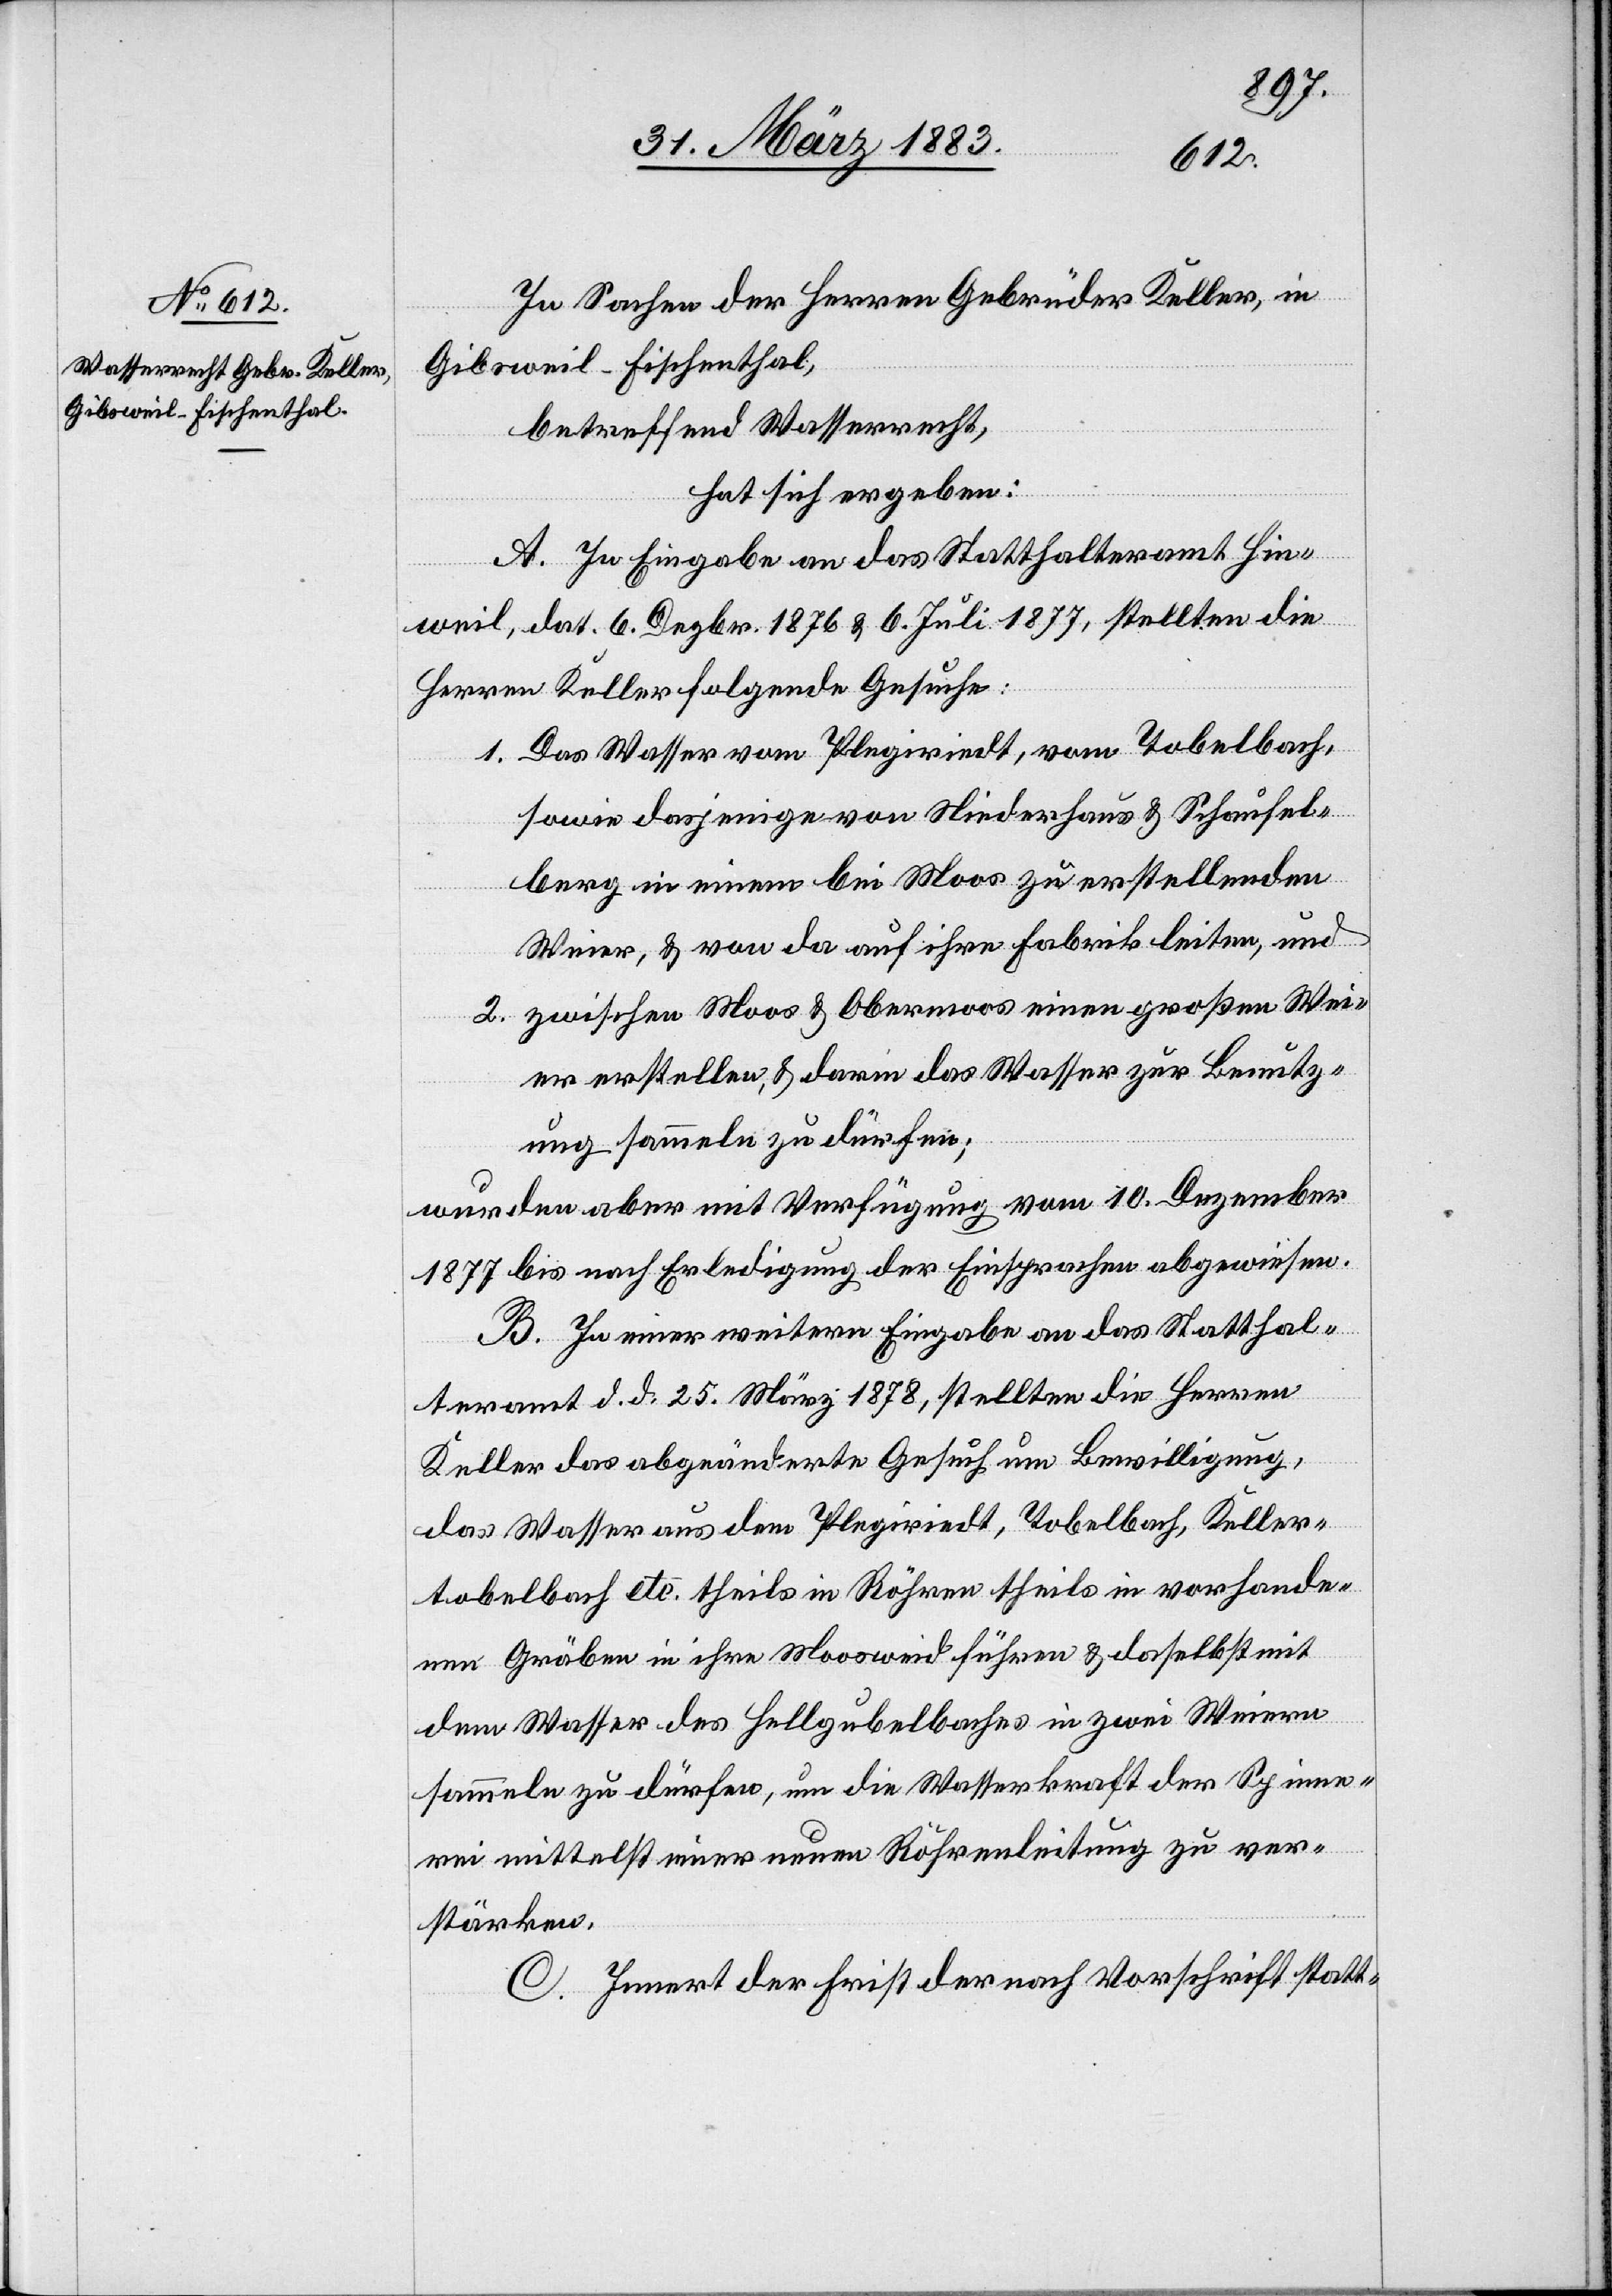
In Sachen der Herren Gebrüder Keller, in
Gibsweil - Fischenthal,
betreffend Wasserrecht,
hat sich ergeben:
A. In Eingabe an das Statthalteramt Hin¬
weil, dat. 6. Dezbr. 1876 & 6. Juli 1877, stellten die
Herren Keller folgende Gesuche:
1. Das Wasser vom Plegiriedt, vom Tobelbach,
sowie dasjenige von Niederhaus & Schaufel¬
berg in einem bei Moos zu erstellenden
Weier, & von da auf ihre Fabrik leiten, und
2. zwischen Moos & Obermoos einen großen Wei¬
er erstellen, & darin das Wasser zur Benutz¬
ung sammeln zu dürfen;
wurden aber mit Verfügung vom 10. Dezember
1877 bis nach Erledigung der Einsprachen abgewiesen.
B. In einer weitern Eingabe an das Statthal¬
teramt d. d. 25. März 1878, stellten die Herren
Keller das abgeänderte Gesuch um Bewilligung,
das Wasser aus dem Plegiriedt, Tobelbach, Keller¬
tobelbach etc. theils in Röhren theils in vorhande¬
nen Gräben in ihre Moosweid führen & daselbst mit
dem Wasser des Hellgubelbaches in zwei Weiern
sammeln zu dürfen, um die Wasserkraft der Spinne¬
rei mittelst einer neuen Röhrenleitung zu ver¬
stärken.
C. Innert der Frist der nach Vorschrift statt-